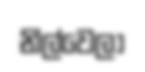
නිල්වෙලා